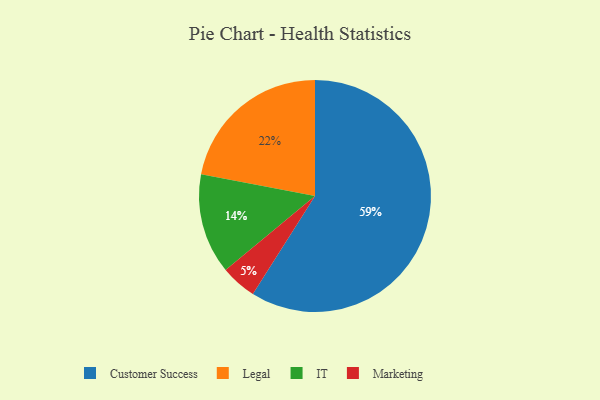
{"axis": {"x": "Category", "y": "Percentage"}, "legend": ["Customer Success", "IT", "Legal", "Marketing"], "data": [{"x": "Marketing", "y": 5, "type": "Marketing"}, {"x": "IT", "y": 14, "type": "IT"}, {"x": "Customer Success", "y": 59, "type": "Customer Success"}, {"x": "Legal", "y": 22, "type": "Legal"}]}